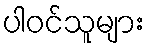
ပါဝင်သူများ